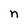
Character: n